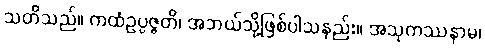
သတိသည်။ ကထံဥပ္ပဇ္ဇတိ၊ အဘယ်သို့ဖြစ်ပါသနည်း။ အသုကဿနာမ၊